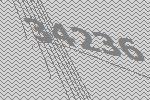
34236